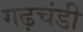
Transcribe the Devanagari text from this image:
गढ़चंडी